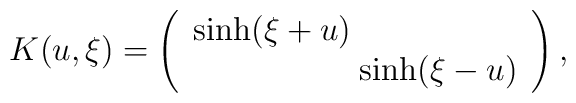
K(u,\xi) = \left( \begin{array}{c}   \sinh(\xi+u) \hspace{60pt} \\   \hspace{60pt} \sinh(\xi - u) \end{array} \right),